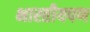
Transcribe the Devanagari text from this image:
भारतीयपण